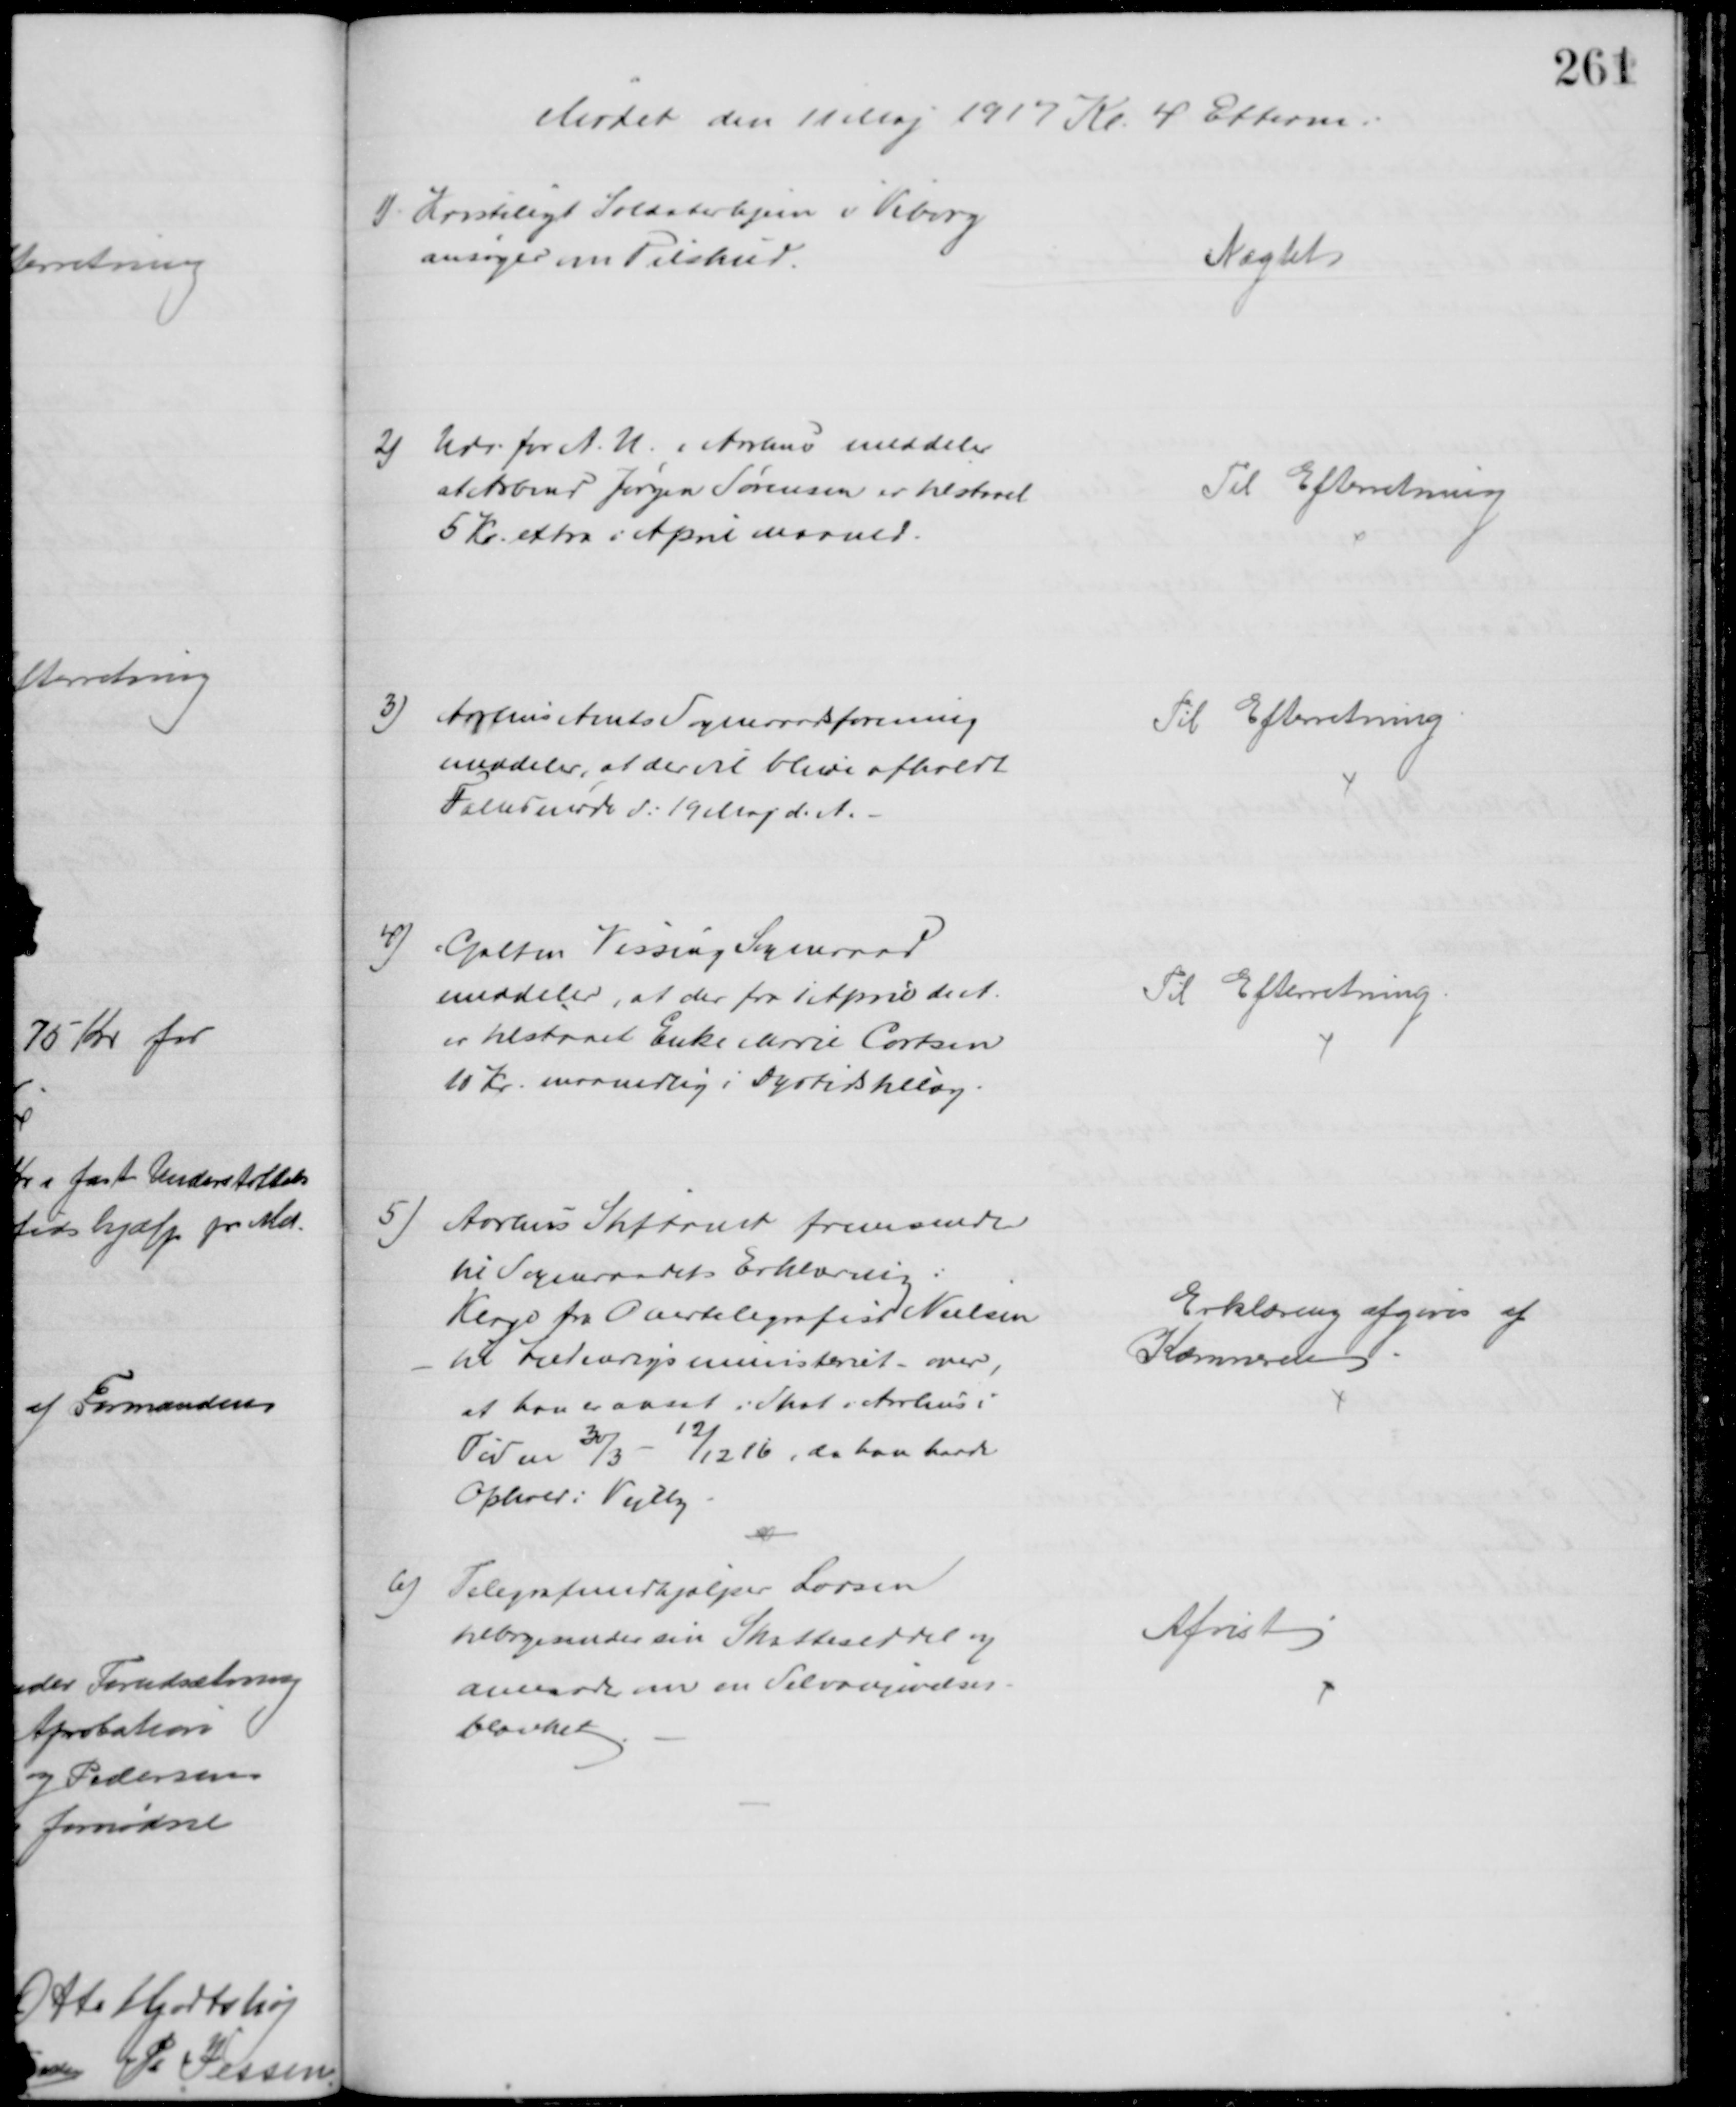
Transskription:
Mødet den 11 Maj 1917 Kl 4 Efterm.
1) Kristeligt Soldaterhjem i Viborg
ansøger om Tilskud.
Nægtet
2) Udv. for A. U. i Aarhus meddeler
at Arbmd Jørgen Sørensen er tilstaaet
5 Kr. extra i April maaned.
Til Efterretning
3)
Aarhus Amts Sogneraadsforening
meddeler, at der vil blive afholdt
Fælledmøde d. 19 Maj d. A.
Til Efterretning
4)
Galten Vissing Sogneraad
meddeler, at der fra 1 April d. A.
er tilstaaet Enke Marie Cortsen
10 Kr. maanedlig i Dyrtidstillæg
Til Efterretning
5) Aarhus Stiftramt fremsender
til Sogneraadets Erklæring:
Klage fra Overtelegrafist Nielsen
til Indenrigsministeriet over,
at han er ansat i Skat i Århus i
Tiden 30/3 - 12/12 16, da han havde
Ophold i Vejlby
Erklæring afgives af
Kæmneren
6)
Telegrafmedhjælper Larsen
tilbagesender sin Skatteseddel og
anmoder om en Selvangivelses-
blanket
Afvist